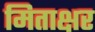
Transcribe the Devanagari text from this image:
मिताक्षर